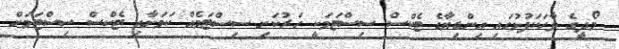
މޯދީގެ ވާހަކަފުޅުގައި އިންޑިޔާގެ ޓެކްސް ސިސްޓަމަކީ ހަރުކަށި ސިސްޓަމެއް ކަމަށާއި ޓެކްސް ސިސްޓަމަށް